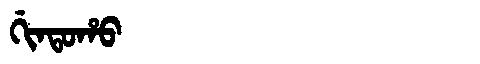
Manchu: ᡤᡳᠨᡨᠣᡥᠣ
Romanization: GINTOHO